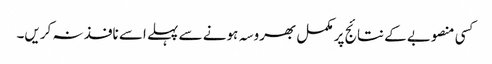
کسی منصوبے کے نتائج پر مکمل بھروسہ ہونے سے پہلے اسے نافذ نہ کریں۔